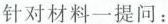
8.阅读下面的材料，提出问题。(只提问，不作答)